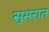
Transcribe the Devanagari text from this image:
सुमरात